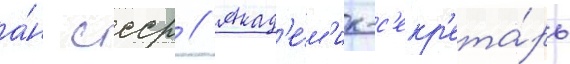
а́н ссср // Акад'е́м'ик-с'екр'ета́рь